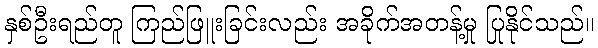
နှစ်ဦးရည်တူ ကြည်ဖြူးခြင်းလည်း အခိုက်အတန့်မှု ပြုနိုင်သည်။